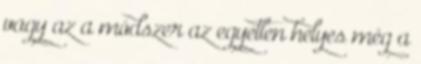
vagy az a módszer az egyetlen helyes még a